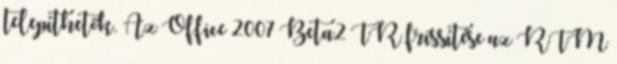
telepíthetők. Az Office 2007 Beta2 TR frissítése az RTM